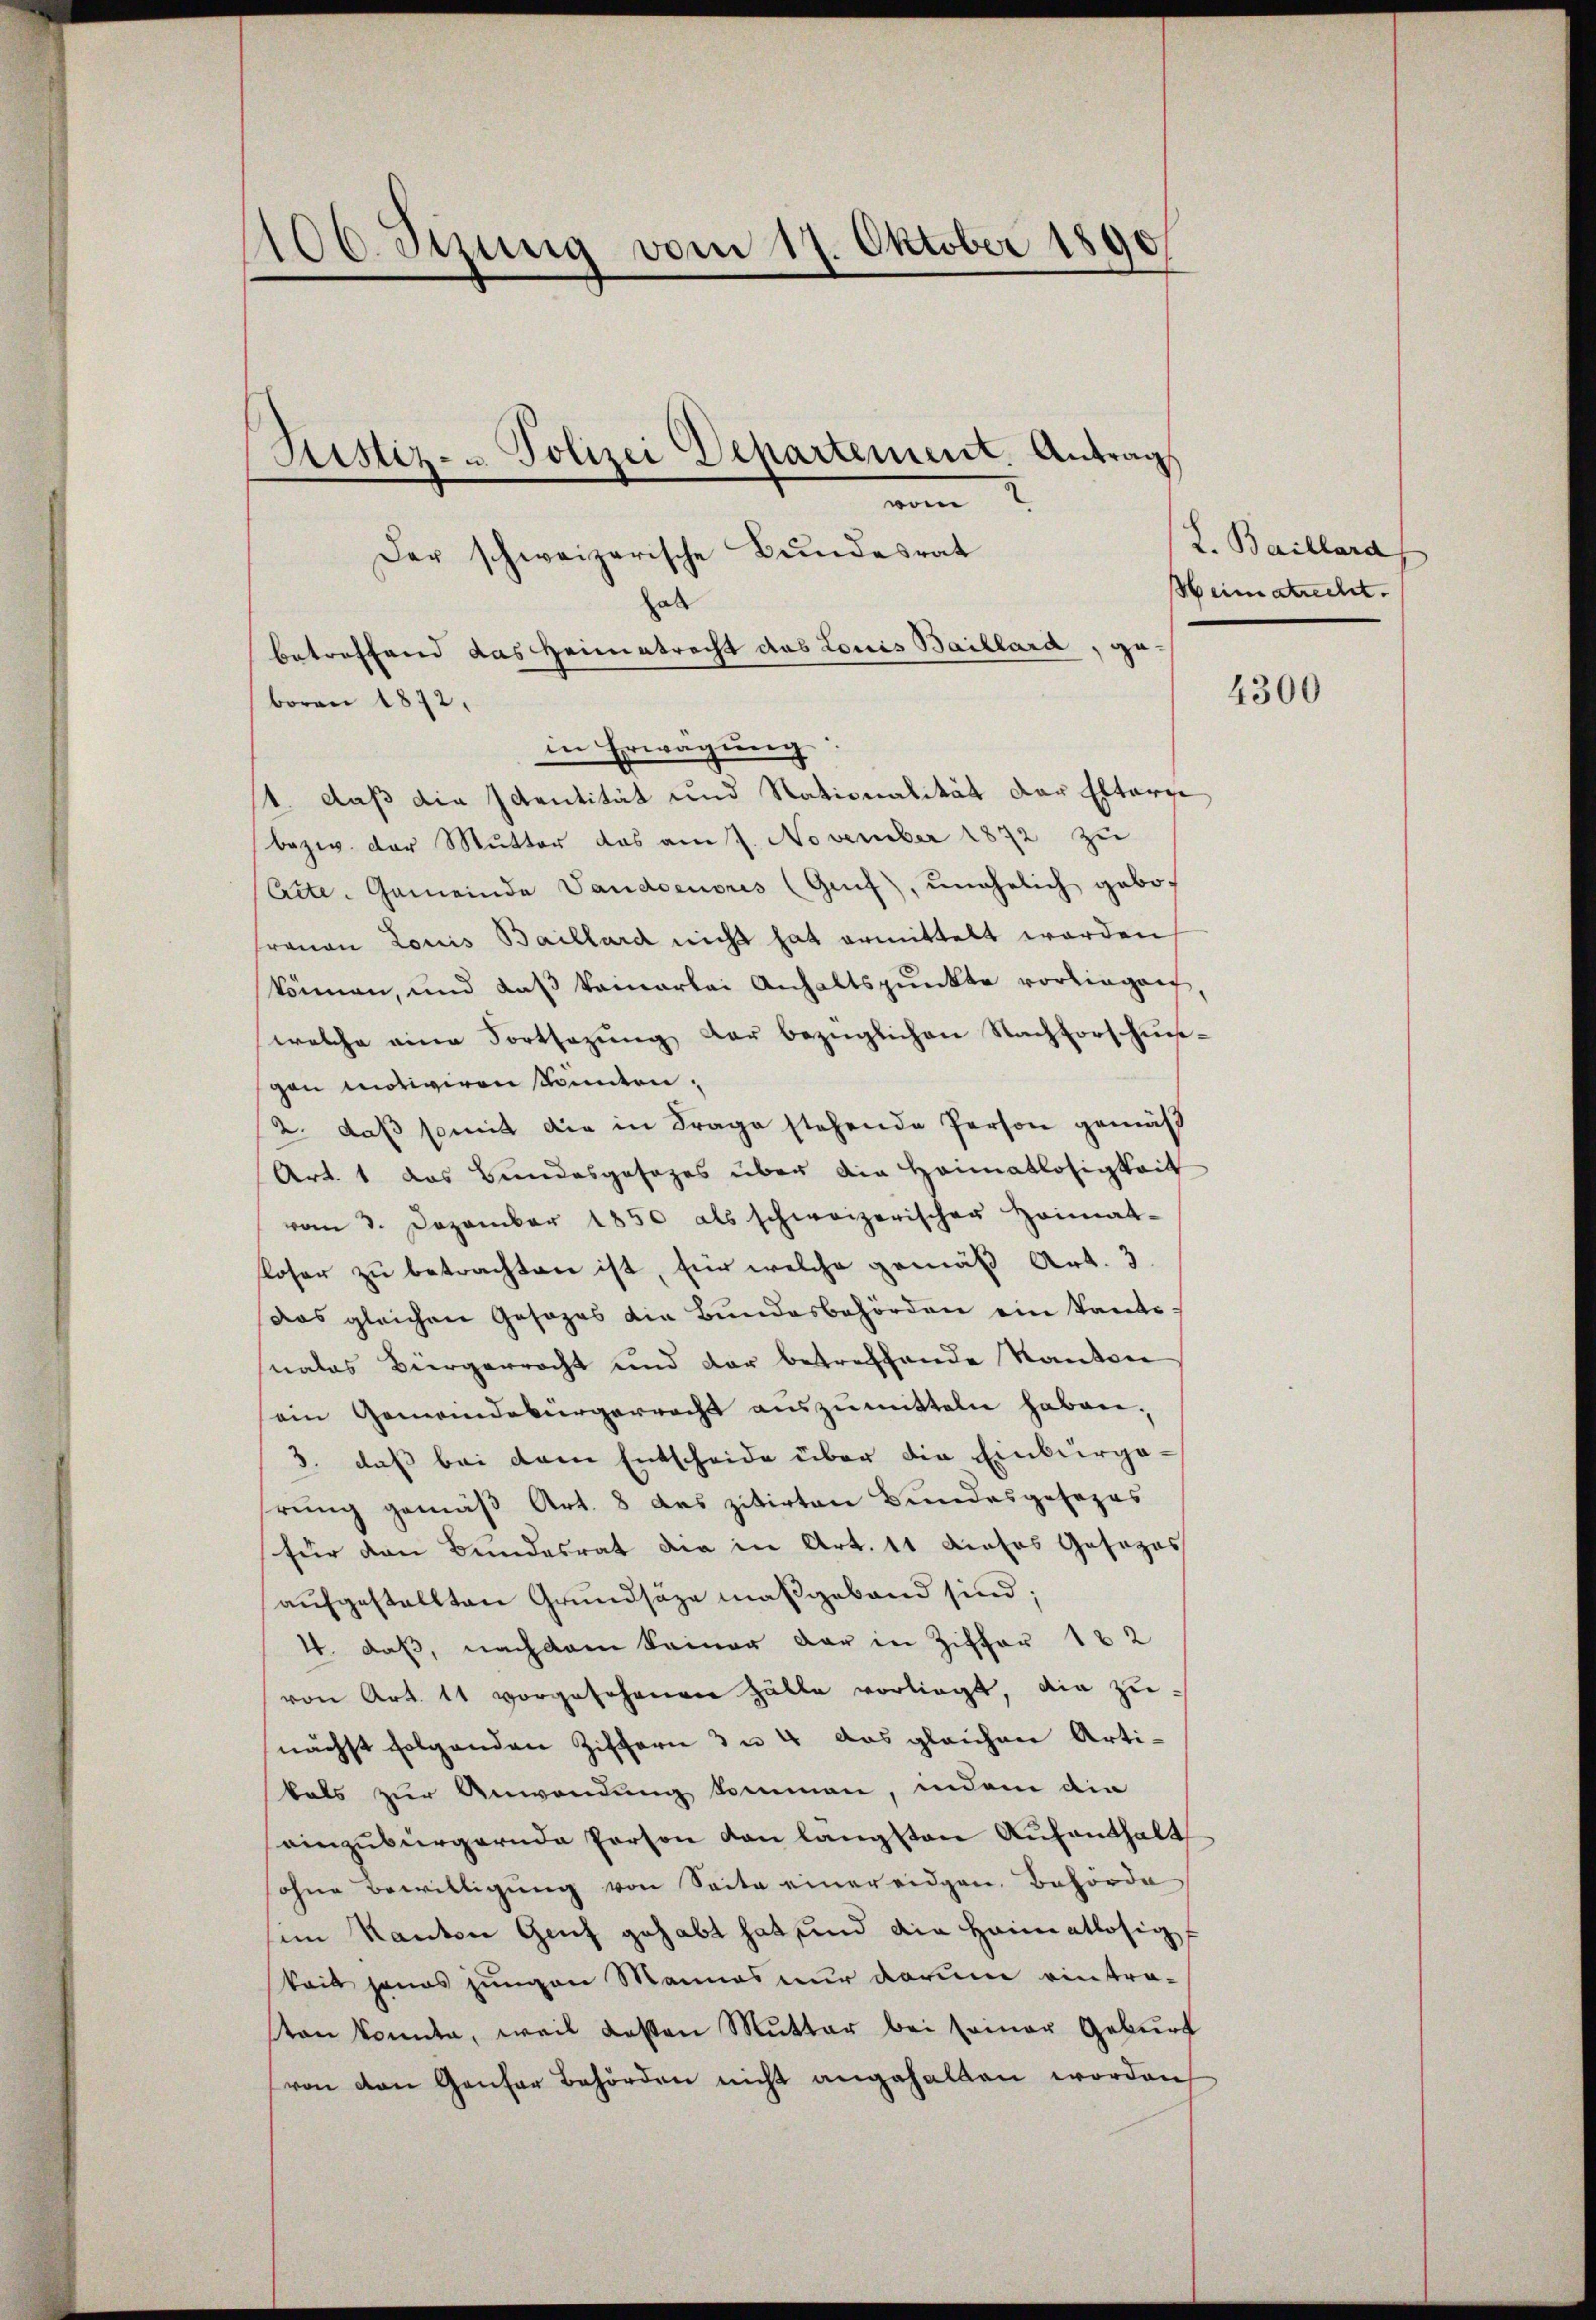
1106. Setzung vom 17. Oktober 1890

Justiz- u Polizei Departement. Antrag,
vom
Der schweizerische Bundesrat

boren 1872.

al
betreffend das Heimatrecht das Louis Baillard.
ge
in Erwägung.
1 daß die Identität und Nationalität der Elterne
bezw. der Mutter das am 7. November 1872 zu
(Aite. Gemeinde Vaudoenoris (Genf, unehelich gebot
Frauen Louis Baillard nicht hat ermittelt worden
können, und daß keinerlei Anhaltspunkte vorliegen,
welche eine Fortsezung der bezüglichen Nachforschungau motiviren könnten,
2. daß somit die in Frage stehende Person gemäß
Art. 1 das Bundesgesezes über die Heimatlosigkeit
vom 3. Dezember 1850 als schweizerischer Heimat-
floser zu betrachten ist, für welche gemäß Art. 3.
das gleichen Gesages die Bundesbehörden ein kante
nalas Bürgerracht und der betreffende Kantone
ein Gemeindebürgerrecht auszumitteln haben.
3. daß bei dem Entscheide über die Einbürgerung gemäß Art. 8 des zitirten Bundesgesezes
für den Bundesrat die in Art. 11 dieses Gesezes
aufgestellten Grundsätze maßgeband sind;
4. daß, nachdem keiner dar in Ziffer 182
von Art. 11 vorgesehenen Halle vorliegt, die zu-
nächst folgenden Ziffern 3 u. 4 das gleichen Artikals zur Anwendung kommen, indem die
einzubürgernde Person den langsten Aufenthalt
sohne Bewilligung von Seite einer eidgen. Behörde
im Kanton Genf gehabt hat sind ain Heimatlosig
keit jenes jungen Mannes nur darum eintra-
sten konnte, weil Kasten Mutter bei seiner Geburt
von den Gantor Behörden nicht angehalten worden,

L. Baillard
Heim strecht.

4300